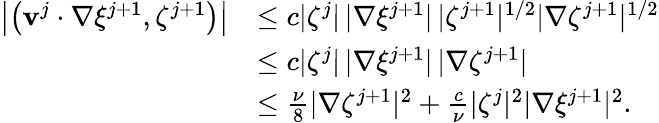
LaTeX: \begin{array}{rl}{\left|\left(\mathbf{v}^{j}\cdot\nabla\xi^{j+1},\zeta^{j+1}\right)\right|}&{\leq c|\zeta^{j}|\, |\nabla\xi^{j+1}|\, |\zeta^{j+1}|^{1/2}|\nabla\zeta^{j+1}|^{1/2}}\\ &{\leq c|\zeta^{j}|\, |\nabla\xi^{j+1}|\, |\nabla\zeta^{j+1}|}\\ &{\leq\frac{\nu}{8}|\nabla\zeta^{j+1}|^{2}+\frac{c}{\nu}|\zeta^{j}|^{2}|\nabla\xi^{j+1}|^{2}.}\end{array}